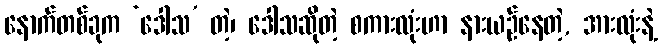
နောက်တစ်ခုက ‘ဒေါသ’ တဲ့၊ ဒေါသဆိုတဲ့ စကားလုံးဟာ နားယဉ်နေတဲ့, အားလုံးနဲ့